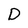
Character: D